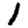
Digit: 1